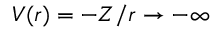
V ( r ) = - Z / r \to - \infty